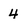
Character: 4